Report of the veterinary officer investigating camel disease
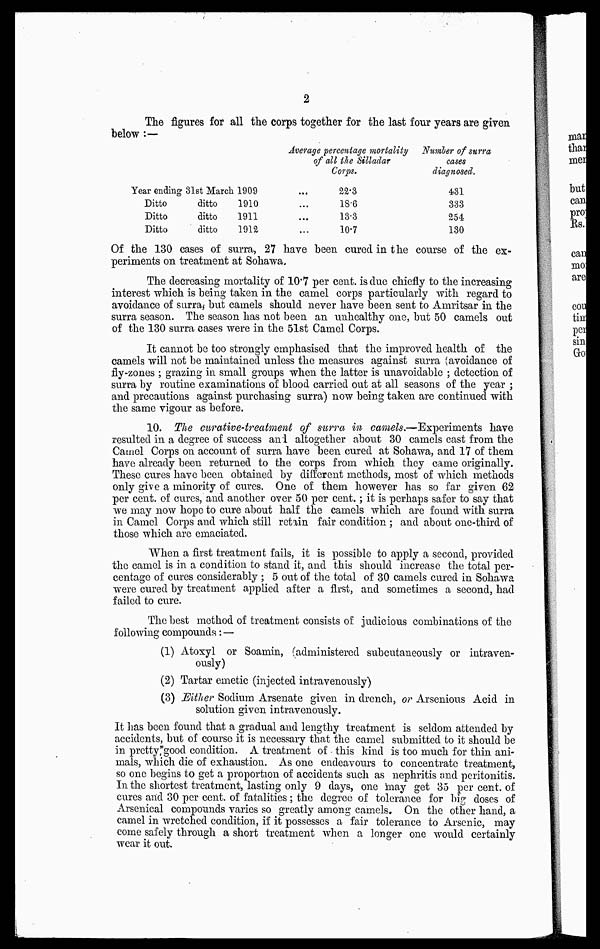
2
The figures for all the corps together for the last four years are given
below :—
Average percentage mortality
Number of surra
of all the Silladar
cases
Corps.
diagnosed.
Year ending 31st March 1909
Ditto
Ditto
Ditto
ditto
ditto
ditto
1910
1911
1912
...
...
...
...
22.3
18.6
13.3
10.7
431
333
254
130
Of the 130 cases of surra, 27 have been cured in the course of the ex-
periments on treatment at Sohawa.
The decreasing mortality of 10.7 per cent. is clue chiefly to the increasing
interest which is being taken in the camel corps particularly with regard to
avoidance of surra, but camels should never have been sent to Amritsar in the
surra season. The season has not been an unhealthy one, but 50 camels out
of the 130 surra cases were in the 51st Camel Corps.
It cannot be too strongly emphasised that the improved health of the
camels will not be maintained unless the measures against surra (avoidance of
fly-zones ; grazing in small groups when the latter is unavoidable ; detection of
surra by routine examinations of blood carried out at all seasons of the year ;
and precautions against purchasing surra) now being taken are continued with
the same vigour as before.
10. The curative-treatment of surra in camels.—Experiments have
resulted in a degree of success and altogether about 30 camels cast from the
Camel Corps on account of surra have been cured at Sohawa, and 17 of them
have already been returned to the corps from which they came originally.
These cures have been obtained by different methods, most of which methods
only give a minority of cures. One of them however has so far given 62
per cent. of cures, and another over 50 per cent.; it is perhaps safer to say that
we may now hope to cure about half the camels which are found with surra
in Camel Corps and which still retain fair condition ; and about one-third of
those which are emaciated.
When a first treatment fails, it is possible to apply a second, provided
the camel is in a condition to stand it, and this should increase the total per-
centage of cures considerably ; 5 out of the total of 30 camels cured in Sohawa
were cured by treatment applied after a first, and sometimes a second, had
failed to cure.
The best method of treatment consists of judicious combinations of the
following compounds: —
(1) Atoxyl or Soamin, (administered subcutaneously or intraven-
ously)
(2) Tartar emetic (injected intravenously)
(3) Either Sodium Arsenate given in drench, or Arsenious Acid in
solution given intravenously.
It has been found that a gradual and lengthy treatment is seldom attended by
accidents, but of course it is necessary that the camel submitted to it should be
in pretty good condition. A treatment of this kind is too much for thin ani-
mals, which die of exhaustion. As one endeavours to concentrate treatment,
so one begins to get a proportion of accidents such as nephritis and peritonitis.
In the shortest treatment, lasting only 9 days, one may get 35 per cent. of
cures and 30 per cent. of fatalities ; the degree of tolerance for big doses of
Arsenical compounds varies so greatly among camels. On the other hand, a
camel in wretched condition, if it possesses a fair tolerance to Arsenic, may
come safely through a short treatment when a longer one would certainly
wear it out.